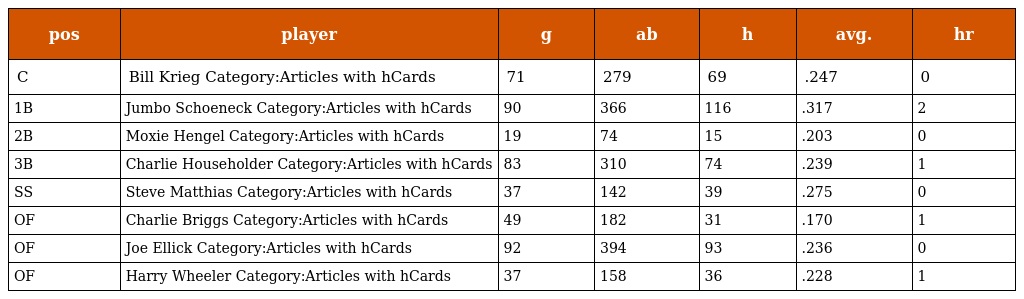
| pos | player | g | ab | h | avg. | hr |
 | --- | --- | --- | --- | --- | --- | --- |
 | C | Bill Krieg Category:Articles with hCards | 71 | 279 | 69 | .247 | 0 |
 | 1B | Jumbo Schoeneck Category:Articles with hCards | 90 | 366 | 116 | .317 | 2 |
 | 2B | Moxie Hengel Category:Articles with hCards | 19 | 74 | 15 | .203 | 0 |
 | 3B | Charlie Householder Category:Articles with hCards | 83 | 310 | 74 | .239 | 1 |
 | SS | Steve Matthias Category:Articles with hCards | 37 | 142 | 39 | .275 | 0 |
 | OF | Charlie Briggs Category:Articles with hCards | 49 | 182 | 31 | .170 | 1 |
 | OF | Joe Ellick Category:Articles with hCards | 92 | 394 | 93 | .236 | 0 |
 | OF | Harry Wheeler Category:Articles with hCards | 37 | 158 | 36 | .228 | 1 |